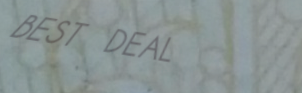
BEST DEAL